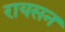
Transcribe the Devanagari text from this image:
रायसन